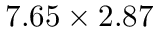
7 . 6 5 \times 2 . 8 7